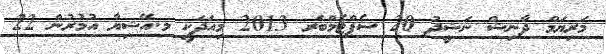
މަރިޔަމް ދާނިޝް ނަޝީދު 20 ސެޕްޓެމްބަރ 2013 މިއަދަކީ މ.އޭޝިޔާ އުމުރުން 22